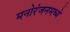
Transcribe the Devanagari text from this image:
मनोरंजनमध्ये